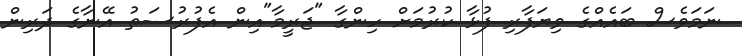
ނަމަވެސް ބައެއްގެ ވިޔަފާރި ފުޅާ ކުރުމަށް ހިންގާ "ޖަރީމާ"އިން އެފުރުސަތު އޭނާގެ ދަރިން